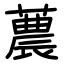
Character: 蕽